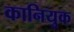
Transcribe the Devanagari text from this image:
कानियुक